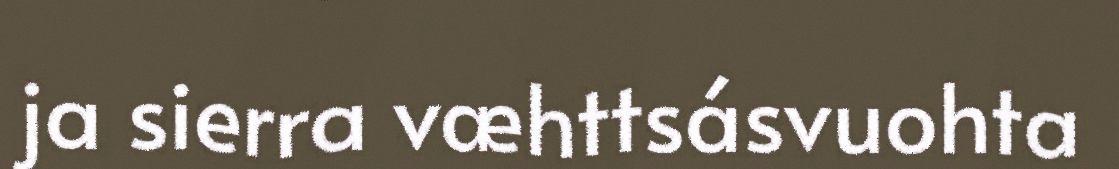
ja sierra væhttsásvuohta